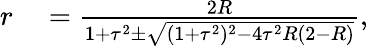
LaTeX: \begin{array}{rl}{r}&{{}=\frac{2R}{1+\tau^{2}\pm\sqrt{(1+\tau^{2})^{2}-4\tau^{2}R(2-R)}},}\end{array}